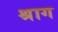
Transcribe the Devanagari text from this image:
श्राग